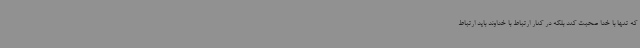
که تنها با خدا صحبت کند بلکه در کنار ارتباط با خداوند باید ارتباط